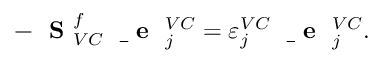
- \mathrm { ~ \bf ~ S ~ } _ { V C } ^ { f } \mathrm { ~ \bf ~ \underline { ~ } { ~ e ~ } ~ } _ { j } ^ { V C } = \varepsilon _ { j } ^ { V C } \mathrm { ~ \bf ~ \underline { ~ } { ~ e ~ } ~ } _ { j } ^ { V C } .